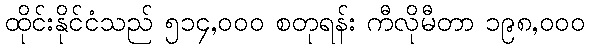
ထိုင်းနိုင်ငံသည် ၅၁၄,၀၀၀ စတုရန်း ကီလိုမီတာ ၁၉၈,၀၀၀